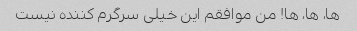
ها، ها، ها! من موافقم این خیلی سرگرم کننده نیست